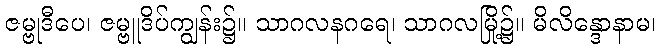
ဇမ္ဗုဒီပေ၊ ဇမ္ဗူဒိပ်ကျွန်း၌။ သာဂလနဂရေ၊ သာဂလမြို့၌။ မိလိန္ဒောနာမ၊